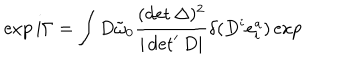
\exp i \Gamma = \int D \tilde { \omega } _ { 0 } \frac { ( \det \Delta ) ^ { 2 } } { | \det ^ { \prime } D | } \delta ( D ^ { i } e _ { i } ^ { a } ) \exp